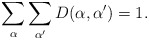
\begin{align*}\sum_\alpha\sum_{\alpha '} D(\alpha,\alpha ')=1.\end{align*}